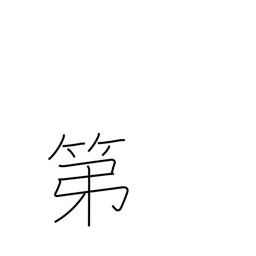
Meaning: residence